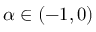
\alpha \in ( - 1 , 0 )